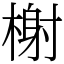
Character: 榭